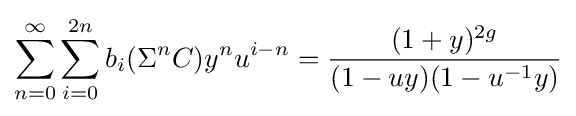
\sum _{n=0}^{\infty }\sum _{i=0}^{2n}b_{i}(\Sigma ^{n}C)y^{n}u^{i-n}={\frac {(1+y)^{2g}}{(1-uy)(1-u^{-1}y)}}